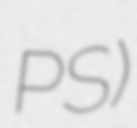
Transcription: PS)